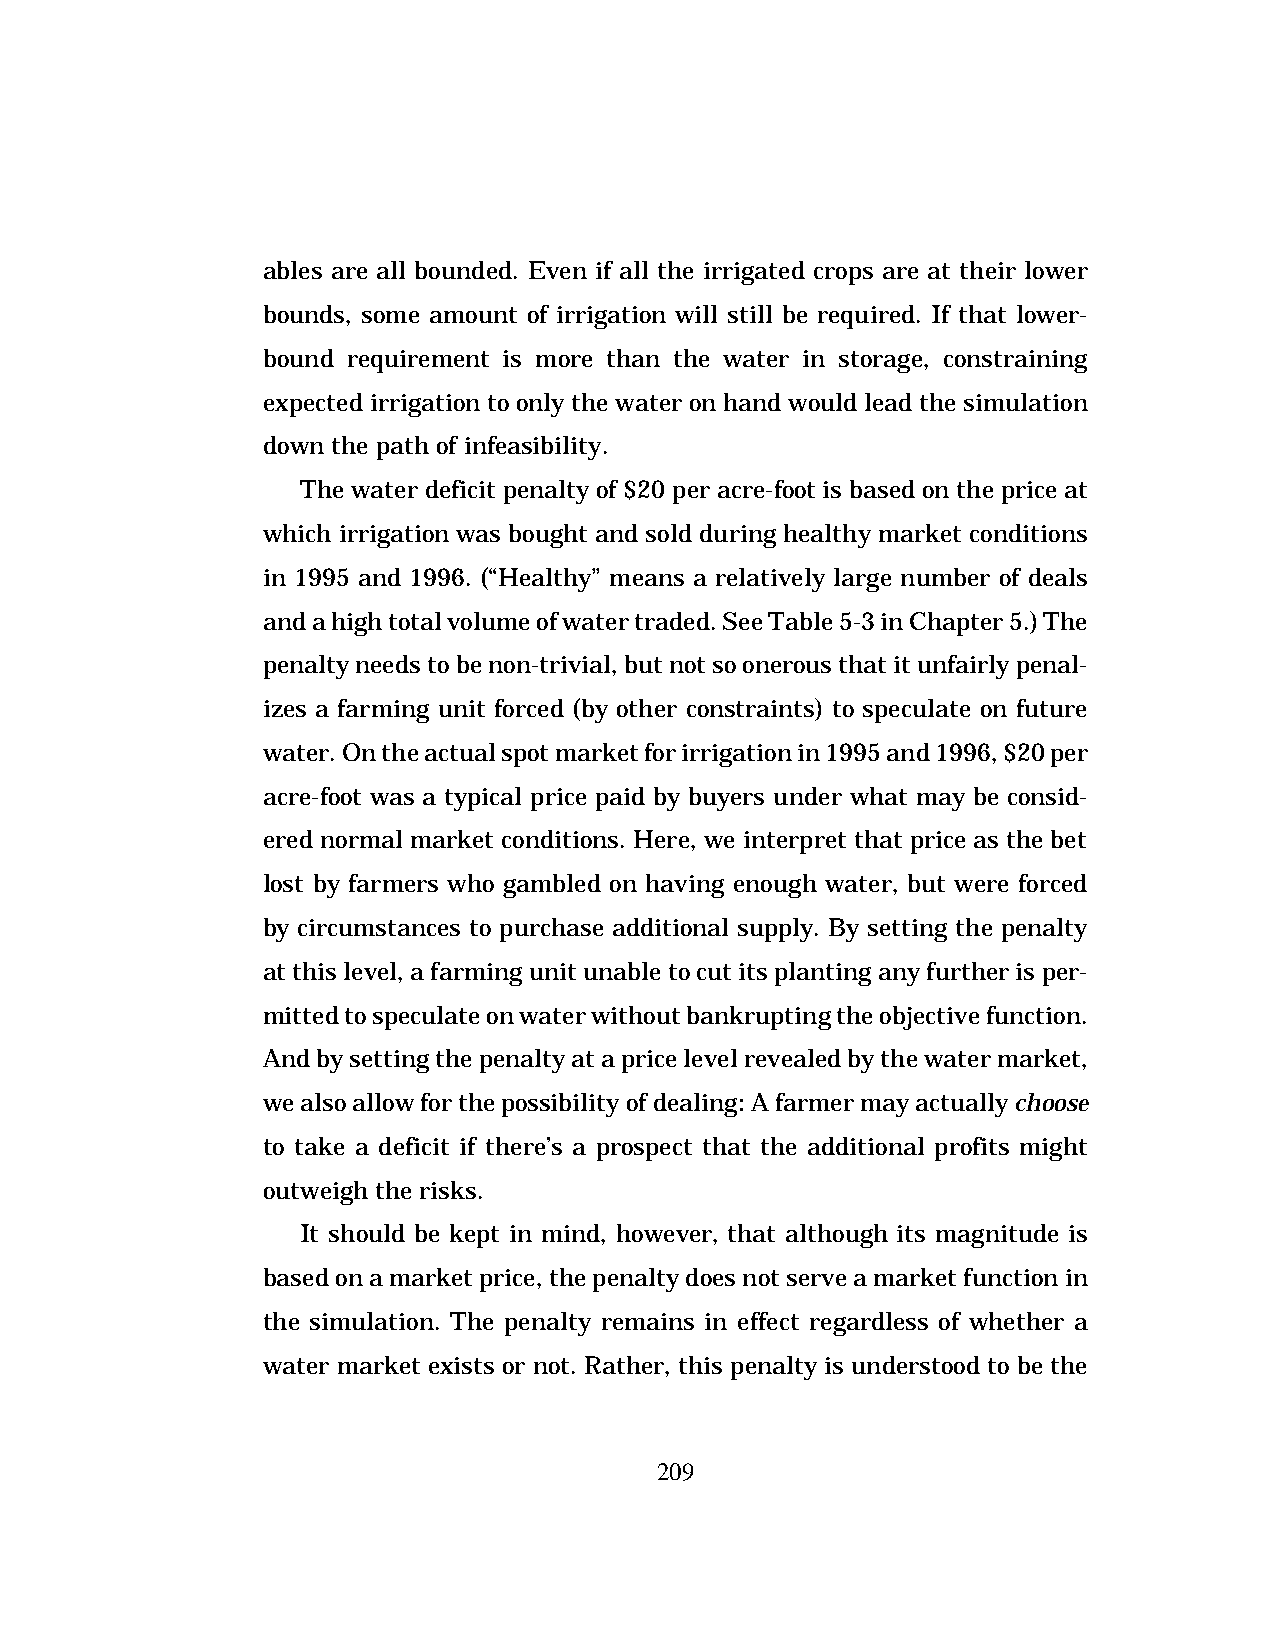
ables are all bounded. Even if all the irrigated crops are at their lower
 bounds, some amount of irrigation will still be required. If that lower-
 bound requirement is more than the water in storage, constraining
 expected irrigation to only the water on hand would lead the simulation
 down the path of infeasibility.
 The water deficit penalty of $20 per acre-foot is based on the price at
 which irrigation was bought and sold during healthy market conditions
 in 1995 and 1996. (“Healthy” means a relatively large number of deals
 and a high total volume of water traded. See Table 5-3 in Chapter 5.) The
 penalty needs to be non-trivial, but not so onerous that it unfairly penal-
 izes a farming unit forced (by other constraints) to speculate on future
 water. On the actual spot market for irrigation in 1995 and 1996, $20 per
 acre-foot was a typical price paid by buyers under what may be consid-
 ered normal market conditions. Here, we interpret that price as the bet
 lost by farmers who gambled on having enough water, but were forced
 by circumstances to purchase additional supply. By setting the penalty
 at this level, a farming unit unable to cut its planting any further is per-
 mitted to speculate on water without bankrupting the objective function.
 And by setting the penalty at a price level revealed by the water market,
 we also allow for the possibility of dealing: A farmer may actually choose
 to take a deficit if there’s a prospect that the additional profits might
 outweigh the risks.
 It should be kept in mind, however, that although its magnitude is
 based on a market price, the penalty does not serve a market function in
 the simulation. The penalty remains in effect regardless of whether a
 water market exists or not. Rather, this penalty is understood to be the
 209